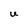
Character: U